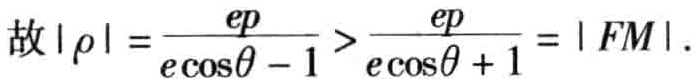
故\(|\rho| = \frac{ep}{e\cos\theta - 1} > \frac{ep}{e\cos\theta + 1} = |FM|\).